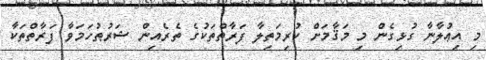
މި އިޢުލާނާ ގުޅިގެން މި މަޤާމަށް ކުރިމަތިލާ ފަރާތްތަކުގެ ތެރެއިން ޝަރުޠުހަމަވާ ފަރާތްތަކާ